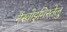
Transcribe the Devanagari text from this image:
नैस्वोइमिस्तेलु